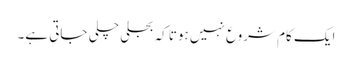
ایک کام شروع نہیں ہوتا کہ بجلی چلی جاتی ہے۔